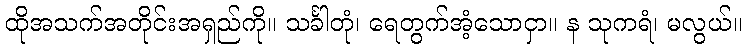
ထိုအသက်အတိုင်းအရှည်ကို။ သင်္ခါတုံ၊ ရေတွက်အံ့သောငှာ။ န သုကရံ၊ မလွယ်။